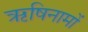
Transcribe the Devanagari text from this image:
ऋषिनामों